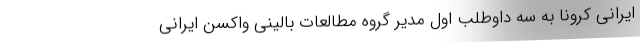
ایرانی کرونا به سه داوطلب اول مدیر گروه مطالعات بالینی واکسن ایرانی